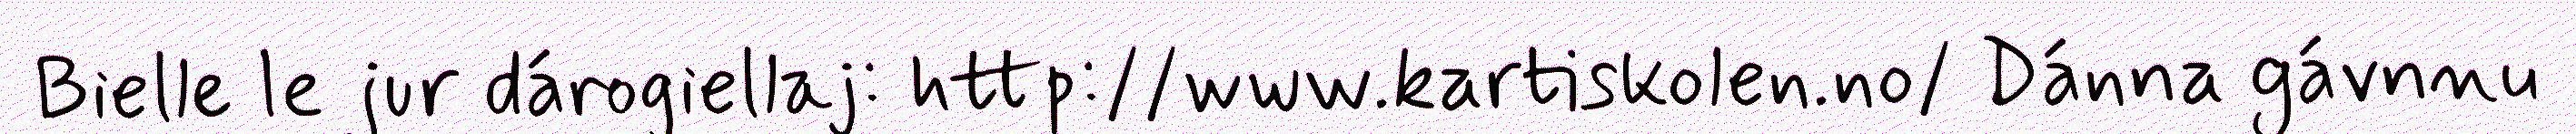
Bielle le jur dárogiellaj: http://www.kartiskolen.no/ Dánna gávnnu